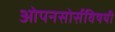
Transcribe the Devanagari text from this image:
ओपनसोर्सविषयी